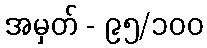
အမှတ် - ၉၅/၁၀၀